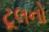
ટૂલનો